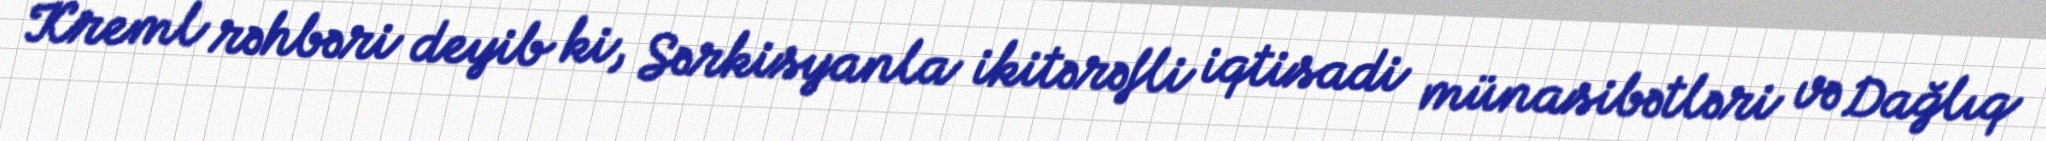
Kreml rəhbəri deyib ki, Sərkisyanla ikitərəfli iqtisadi münasibətləri və Dağlıq